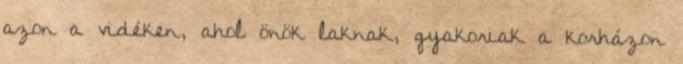
azon a vidéken, ahol önök laknak, gyakoriak a korházon